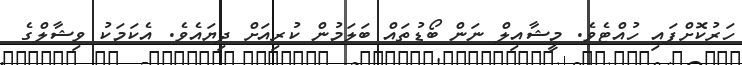
ހަރުކޮށްފައި ހުއްޓެވެ. މީޝާއިލް ނަން ބޯޑުތައް ބަލަމުން ކުރިއަށް ދިޔައެވެ. އެކަމަކު ވިޝާލްގެ